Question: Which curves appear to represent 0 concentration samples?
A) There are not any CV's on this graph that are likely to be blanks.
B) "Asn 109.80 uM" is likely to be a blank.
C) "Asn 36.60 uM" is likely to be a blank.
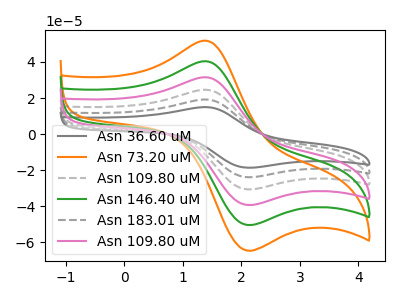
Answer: <think>The gray curve "Asn 36.60 uM" has an anodic peak at (1.35V, 202.10uA) and a cathodic peak at (2.05V, -250.60uA). The orange curve "Asn 73.20 uM" has an anodic peak at (1.35V, 51.85uA) and a cathodic peak at (2.05V, -64.25uA). The gray dashed curve "Asn 109.80 uM" has an anodic peak at (1.35V, 121.25uA) and a cathodic peak at (2.05V, -150.35uA). The green curve "Asn 146.40 uM" has an anodic peak at (1.35V, 40.40uA) and a cathodic peak at (2.05V, -50.10uA). The gray dashed curve "Asn 183.01 uM" has an anodic peak at (1.35V, 161.70uA) and a cathodic peak at (2.05V, -200.45uA). The pink curve "Asn 109.80 uM" has an anodic peak at (1.35V, 80.85uA) and a cathodic peak at (2.05V, -100.25uA).</think>
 <answer>A) There are not any CV's on this graph that are likely to be blanks.</answer>
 <eval>A</eval>